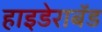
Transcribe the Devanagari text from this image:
हाइडेराबॅड